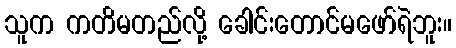
သူက ကတိမတည်လို့ ခေါင်းတောင်မဖော်ရဲဘူး။